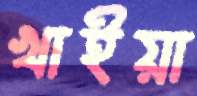
খাইয়া